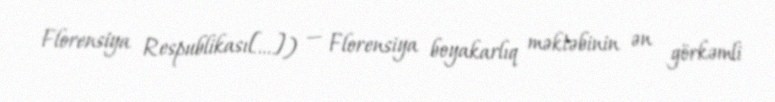
Florensiya Respublikası[…]) — Florensiya boyakarlıq məktəbinin ən görkəmli